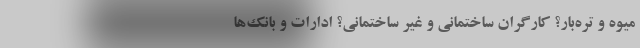
میوه و تره‌بار؟ کارگران ساختمانی و غیر ساختمانی؟ ادارات و بانک‌ها